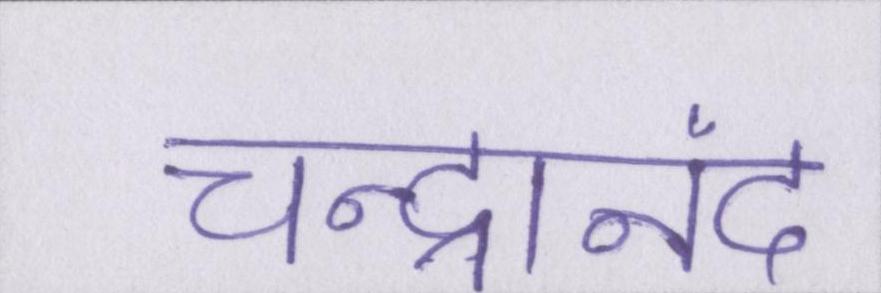
चन्द्रानंद